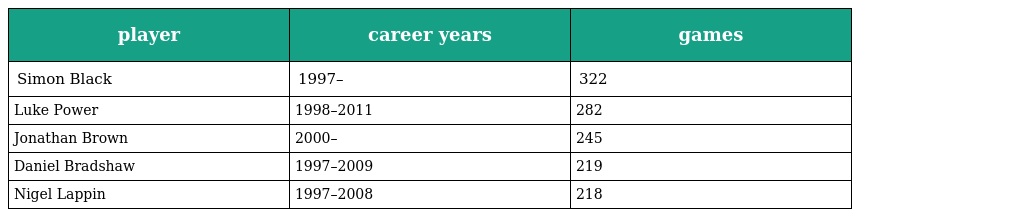
| player | career years | games |
 | --- | --- | --- |
 | Simon Black | 1997– | 322 |
 | Luke Power | 1998–2011 | 282 |
 | Jonathan Brown | 2000– | 245 |
 | Daniel Bradshaw | 1997–2009 | 219 |
 | Nigel Lappin | 1997–2008 | 218 |